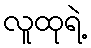
လူထုရဲ့